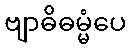
ဗျာဓိဓမ္မံပေ